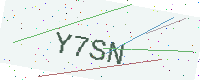
Text: Y7SN